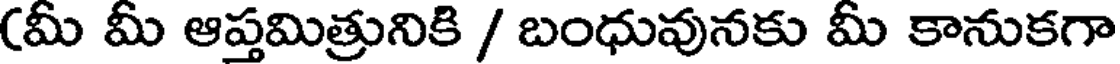
(మీ మీ ఆప్తమిత్రునికి / బంధువునకు మీ కానుకగా